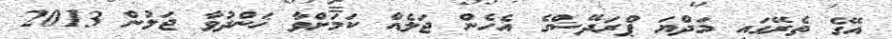
އޭގެ ތެރޭގައި މަދްޔަ ޕްރަދޭޝްގެ އެހެން ޖަލެއް ކަމަށްވާ ޚަންދުވާ ޖަލުން 2013